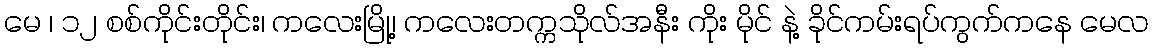
မေ ၊ ၁၂ စစ်ကိုင်းတိုင်း၊ ကလေးမြို့၊ ကလေးတက္ကသိုလ်အနီး ကိုး မိုင် နဲ့ ခိုင်ကမ်းရပ်ကွက်ကနေ မေလ